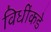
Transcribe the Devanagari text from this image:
विधींकडे